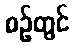
စဉ်တွင်